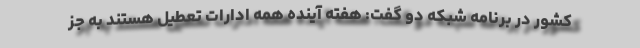
کشور در برنامه شبکه دو گفت: هفته آینده همه ادارات تعطیل هستند به جز